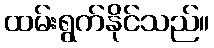
ထမ်းရွက်နိုင်သည်။